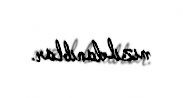
mızıldanıblar.